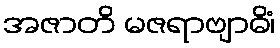
အဇာတိ မဇရာဗျာဓိံ၊